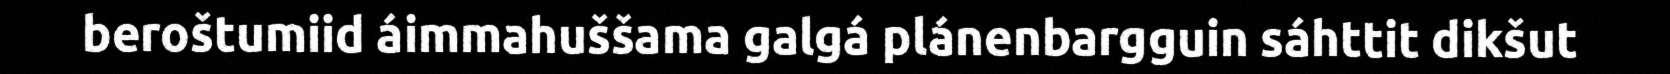
beroštumiid áimmahuššama galgá plánenbargguin sáhttit dikšut